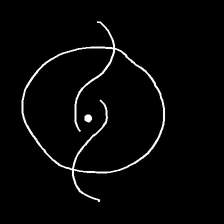
Glyph: repetition